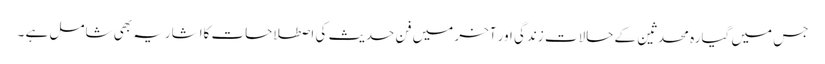
جس میں گیارہ محدثین کے حالات ِزندگی اور آخر میں فنِ حدیث کی اصطلاحات کااشاریہ بھی شامل ہے ۔